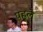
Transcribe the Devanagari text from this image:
पह्रूले